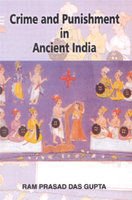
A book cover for Crime and Punishment in Ancient India; Ram Prasad Das Gupta; History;